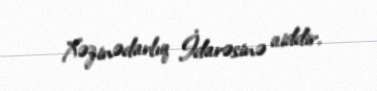
Xəzinədarlıq İdarəsinə aiddir.